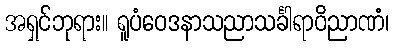
အရှင်ဘုရား။ ရူပံဝေဒနာသညာသင်္ခါရာဝိညာဏံ၊